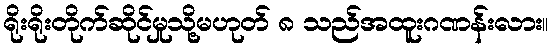
ရိုးရိုးတိုက်ဆိုင်မှုသို့မဟုတ် ၈ သည်အထူးဂဏန်းလား။